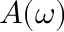
A ( \omega )